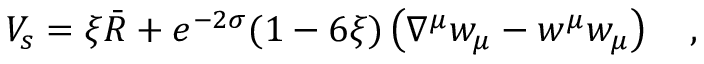
V _ { s } = \xi \bar { R } + e ^ { - 2 \sigma } ( 1 - 6 \xi ) \left( \nabla ^ { \mu } w _ { \mu } - w ^ { \mu } w _ { \mu } \right) ~ ~ ~ ,